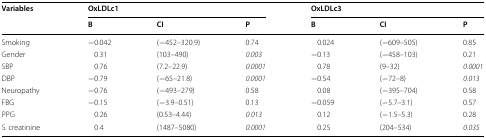
| <ROWSPAN=2> Variables | <COLSPAN=3> OxLDLc1 | <COLSPAN=3> OxLDLc3 |
 | B | CI | P | B | CI | P |
 | --- | --- | --- | --- | --- | --- | --- |
 | Smoking | −0.042 | (−452–320.9) | 0.74 | 0.024 | (−609–505) | 0.85 |
 | Gender | 0.31 | (103–490) | 0.003 | −0.13 | (−458–103) | 0.21 |
 | SBP | 0.76 | (7.2–22.9) | 0.0001 | 0.78 | (9–32) | 0.0001 |
 | DBP | −0.79 | (−65–21.8) | 0.0001 | −0.54 | (−72–8) | 0.013 |
 | Neuropathy | −0.76 | (−493–279) | 0.58 | 0.08 | (−395–704) | 0.58 |
 | FBG | −0.15 | (−3.9–0.51) | 0.13 | −0.059 | (−5.7–3.1) | 0.57 |
 | PPG | 0.26 | (0.53–4.44) | 0.013 | 0.12 | (−1.5–5.3) | 0.28 |
 | S. creatinine | 0.4 | (1487–5080) | 0.0001 | 0.25 | (204–534) | 0.035 |